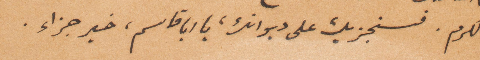
والكرم. فسنجزيك على ديوانك، يا أبا قاسم، خير جزاء